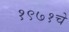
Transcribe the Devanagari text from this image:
१९७१चे